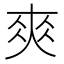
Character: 𡙁